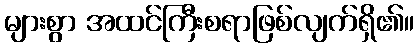
များစွာ အထင်ကြီးစရာဖြစ်လျက်ရှိ၏။